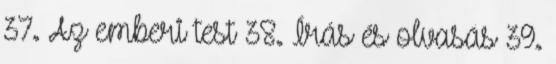
37. Az emberi test 38. Írás és olvasás 39.